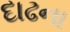
દાઢના